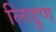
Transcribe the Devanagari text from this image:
लिडुण